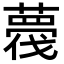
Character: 薎